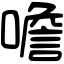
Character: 噡